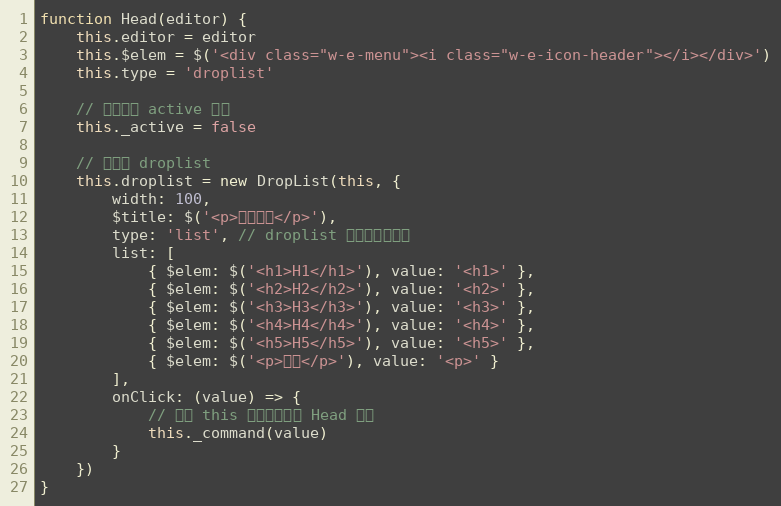
Language: JavaScript
function Head(editor) {
    this.editor = editor
    this.$elem = $('<div class="w-e-menu"><i class="w-e-icon-header"></i></div>')
    this.type = 'droplist'

    // 当前是否 active 状态
    this._active = false

    // 初始化 droplist
    this.droplist = new DropList(this, {
        width: 100,
        $title: $('<p>设置标题</p>'),
        type: 'list', // droplist 以列表形式展示
        list: [
            { $elem: $('<h1>H1</h1>'), value: '<h1>' },
            { $elem: $('<h2>H2</h2>'), value: '<h2>' },
            { $elem: $('<h3>H3</h3>'), value: '<h3>' },
            { $elem: $('<h4>H4</h4>'), value: '<h4>' },
            { $elem: $('<h5>H5</h5>'), value: '<h5>' },
            { $elem: $('<p>正文</p>'), value: '<p>' }
        ],
        onClick: (value) => {
            // 注意 this 是指向当前的 Head 对象
            this._command(value)
        }
    })
}